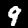
Label: 9